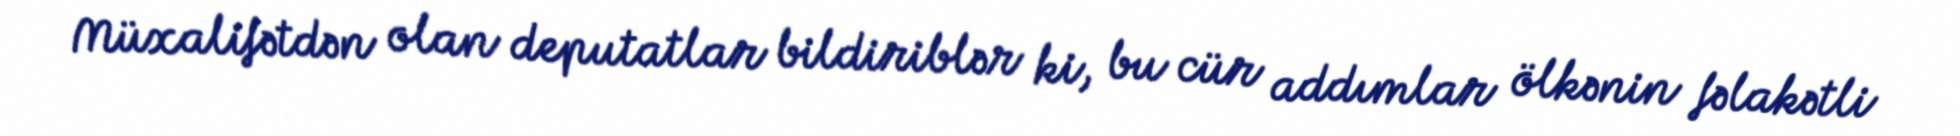
Müxalifətdən olan deputatlar bildiriblər ki, bu cür addımlar ölkənin fəlakətli